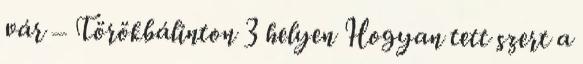
vár – Törökbálinton 3 helyen Hogyan tett szert a